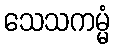
သေသကမ္မံ